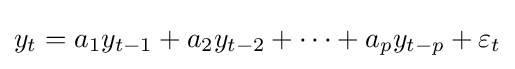
y_{t}=a_{1}y_{t-1}+a_{2}y_{t-2}+\cdots +a_{p}y_{t-p}+\varepsilon _{t}